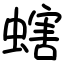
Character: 螛